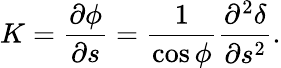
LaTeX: K=\frac{\partial\phi}{\partial s}=\frac{1}{\cos\phi}\frac{\partial^{2}\delta}{\partial s^{2}}.